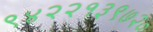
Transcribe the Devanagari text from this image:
९४२२१३९७२०